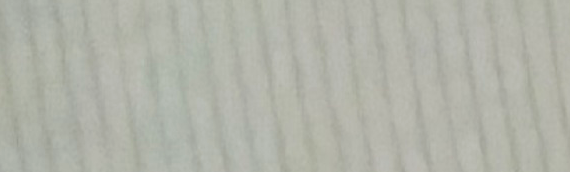
eLeCtRoNiCs